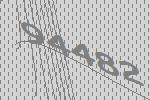
94482